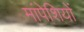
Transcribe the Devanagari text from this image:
मांपेशियों